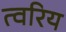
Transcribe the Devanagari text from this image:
त्वरिय